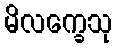
မိလက္ခေသု